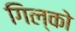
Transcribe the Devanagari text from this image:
गिल्को